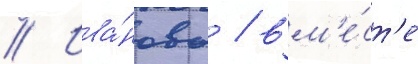
// Ива́ново / вм'е́ст'е